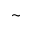
\sim